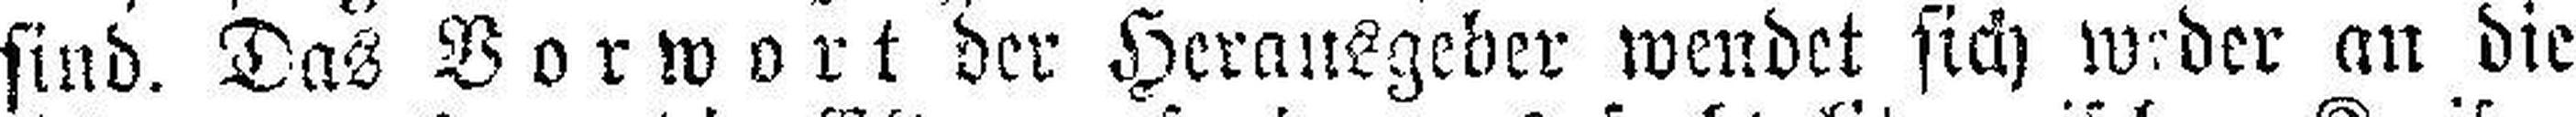
sind. Das Vorwort der Herausgeber wendet sich weder an die